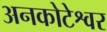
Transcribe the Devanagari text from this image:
अनकोटेश्वर